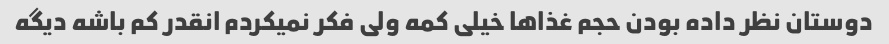
دوستان نظر داده بودن حجم غذاها خیلی کمه ولی فکر نمیکردم انقدر کم باشه دیگه